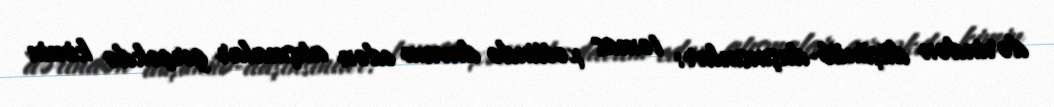
dərindən düşünüb-daşınsınlar: təmas xəttində davam edən atışmalar gerçəkdə kimin